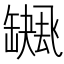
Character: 𮉻